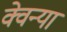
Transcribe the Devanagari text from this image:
क्वेन्या